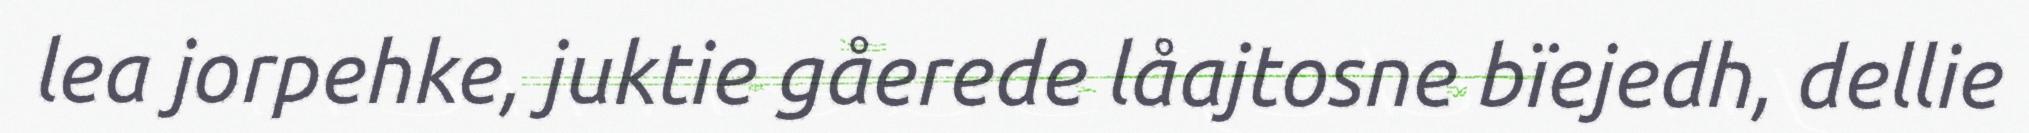
lea jorpehke, juktie gåerede låajtosne bïejedh, dellie